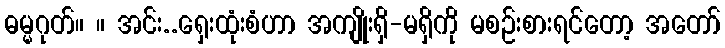
ဓမ္မဂုတ်။ ။ အင်း..ရှေးထုံးစံဟာ အကျိုးရှိ-မရှိကို မစဉ်းစားရင်တော့ အတော်